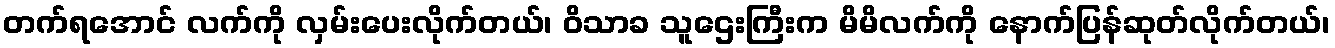
တက်ရအောင် လက်ကို လှမ်းပေးလိုက်တယ်၊ ဝိသာခ သူဌေးကြီးက မိမိလက်ကို နောက်ပြန်ဆုတ်လိုက်တယ်၊